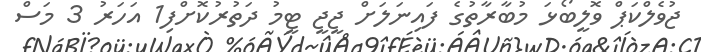
ޖުވެލްކަޕް ވޮލީބޯޅަ މުބާރާތުގެ ފައިނަލަށް ޖީޖީ ޓީމު ދަތުރުކޮށްފި1 އަހަރު 3 މަސް